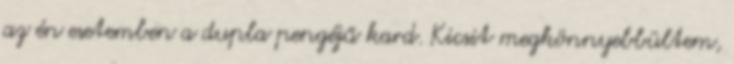
az én esetemben a dupla pengéjű kard. Kicsit megkönnyebbültem,